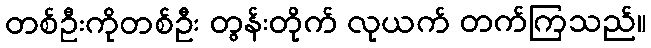
တစ်ဦးကိုတစ်ဦး တွန်းတိုက် လုယက် တက်ကြသည်။